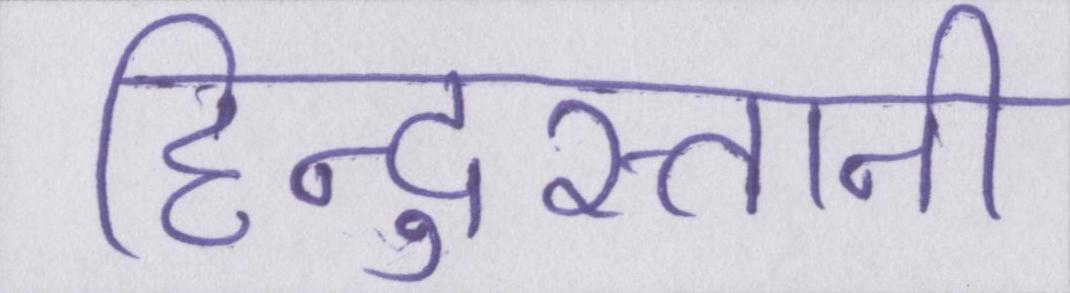
हिन्दुस्तानी